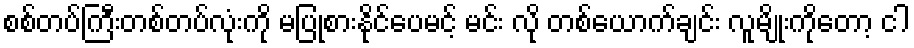
စစ်တပ်ကြီးတစ်တပ်လုံးကို မပြုစားနိုင်ပေမင့် မင်း လို တစ်ယောက်ချင်း လူမျိုးကိုတော့ ငါ